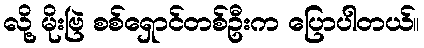
လို့ မိုးဗြဲ စစ်ရှောင်တစ်ဦးက ပြောပါတယ်။